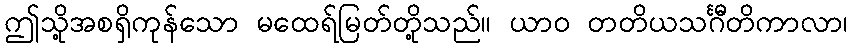
ဤသို့အစရှိကုန်သော မထေရ်မြတ်တို့သည်။ ယာဝ တတိယသင်္ဂီတိကာလာ၊